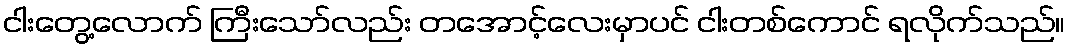
ငါးတွေ့လောက် ကြီးသော်လည်း တအောင့်လေးမှာပင် ငါးတစ်ကောင် ရလိုက်သည်။